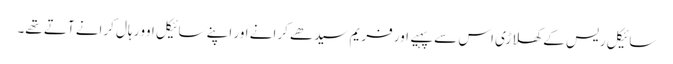
سائیکل ریس کے کھلاڑی اس سے پہیے اور فریم سیدھے کرانے اور اپنے سائیکل اوور ہال کرانے آتے تھے۔